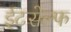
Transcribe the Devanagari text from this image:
ईटसेल्फ